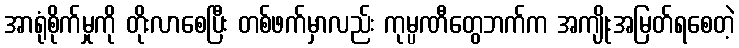
အာရုံစိုက်မှုကို တိုးလာစေပြီး တစ်ဖက်မှာလည်း ကုမ္ပဏီတွေဘက်က အကျိုးအမြတ်ရစေတဲ့